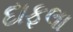
દાફલા